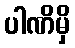
ပါဏိမှိ